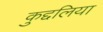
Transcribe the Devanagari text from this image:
कुद्दलिया